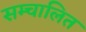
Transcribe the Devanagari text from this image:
सम्चालित